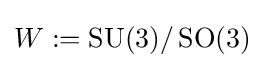
W:=\operatorname {SU} (3)/\operatorname {SO} (3)